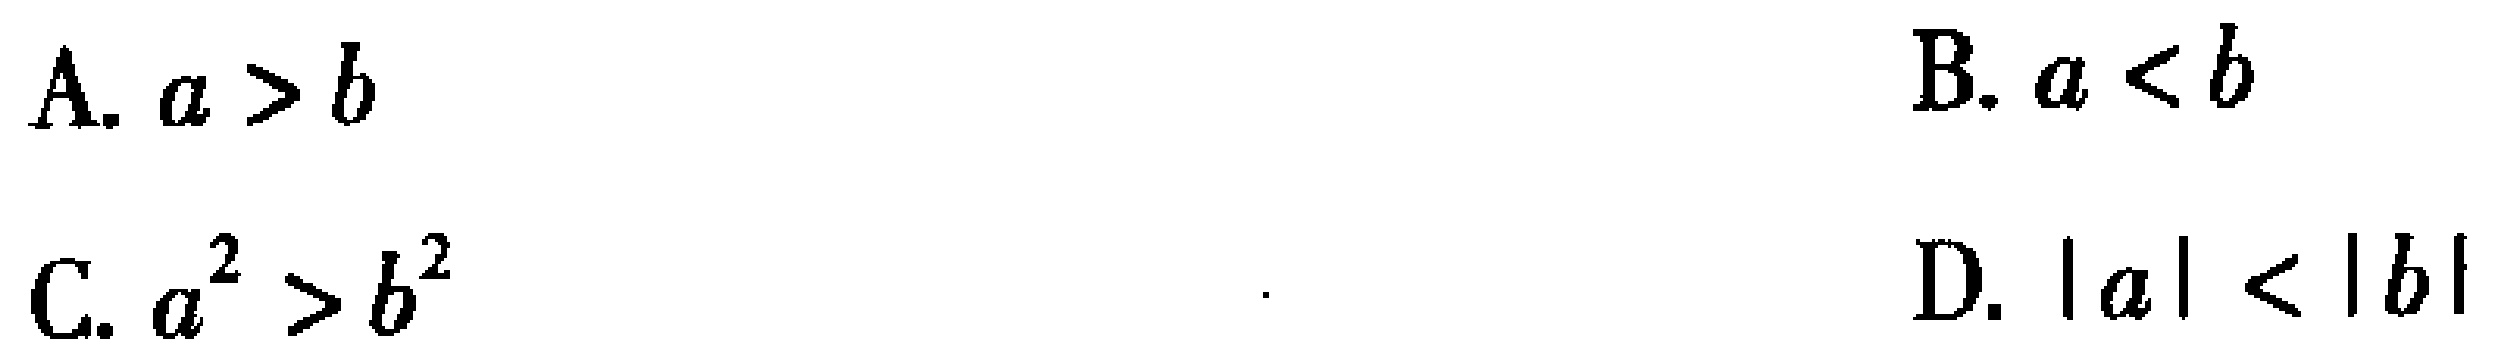
A. \(a > b\)

B. \(a < b\)

C. \(a^{2} > b^{2}\)

D. \(|a| < |b|\)